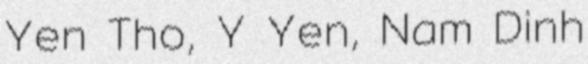
Yen Tho, Y Yen, Nam Dinh